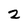
Character: 2